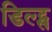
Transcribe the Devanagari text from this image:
डिल्ट्स